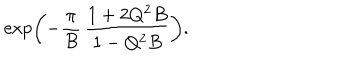
\exp \left( - \frac { \pi } { B } \, \frac { 1 + 2 Q ^ { 2 } B } { 1 - Q ^ { 2 } B } \right) .